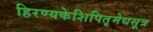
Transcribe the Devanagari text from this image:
हिरण्यकेशिपितृमेधसूत्र